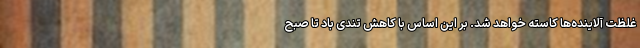
غلظت آلاینده‌ها کاسته خواهد شد. بر این اساس با کاهش تندی باد تا صبح